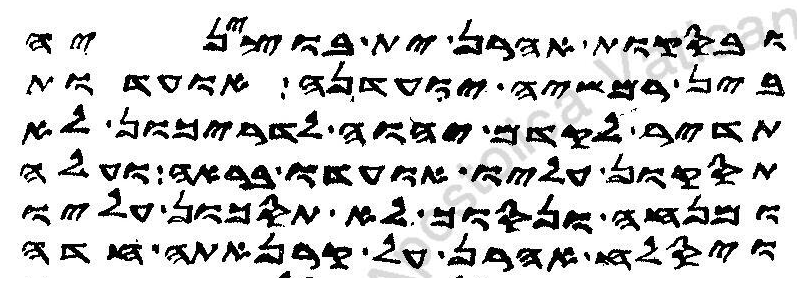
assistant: ובסקות אהרן ית בוציניה
בין רמשיה יועדנה אועדות
תדיר לקדם יהוה לדריכון לא
תסקון עליו אועדו בראה ועלה
ומנחה ונסוך לא תסכון עליו
ויסלח אהרן על קרנאתה חדה